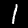
Label: 1